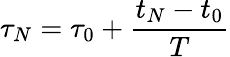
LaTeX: \tau_{N}=\tau_{0}+\frac{t_{N}-t_{0}}{T}